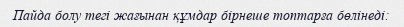
Пайда болу тегі жағынан құмдар бірнеше топтарға бөлінеді: